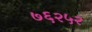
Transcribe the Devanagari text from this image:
७६२५२